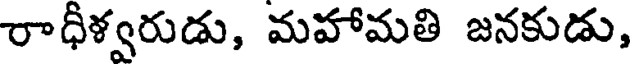
రాధీళ్వరుడు, మహామతి జనకుడు,